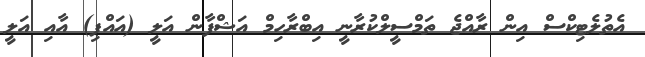
އެތުލެޓިކްސް އިން ރާއްޖެ ތަމްސީލްކުރާނީ އިބްރާހިމް އަޝްފާން އަލީ (އައްޕި) އާއި އަލީ